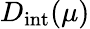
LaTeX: D_{\mathrm{int}}(\mu)